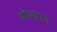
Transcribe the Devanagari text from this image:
मोरखाणा